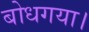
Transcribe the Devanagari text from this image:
बोधगया।